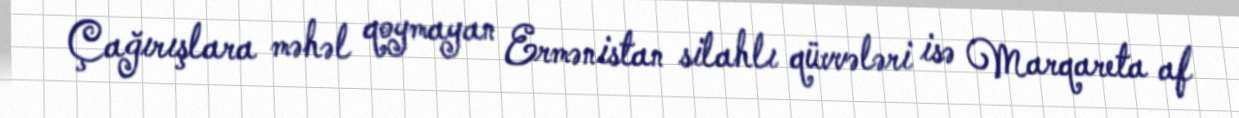
Çağırışlara məhəl qoymayan Ermənistan silahlı qüvvələri isə Marqareta af